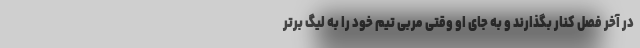
در آخر فصل کنار بگذارند و به جای او وقتی مربی تیم خود را به لیگ برتر